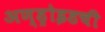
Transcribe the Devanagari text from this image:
अण्ड्रोइडची